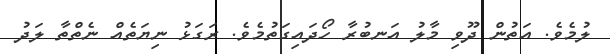
ލުމެވެ. އަތުން ދޫވި މާލު އަނބުރާ ހޯދައިގަތުމެވެ. ރަގަޅު ނިޔަތެއް ނެތްތާ ލަދު